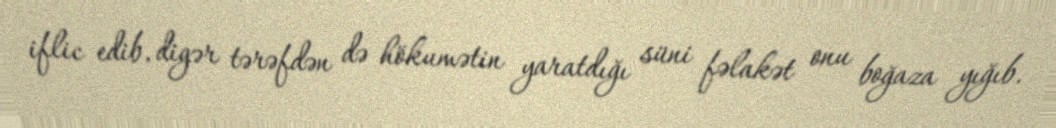
iflic edib, digər tərəfdən də hökumətin yaratdığı süni fəlakət onu boğaza yığıb.